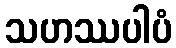
သဟဿပါပံ